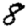
Digit: 8